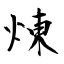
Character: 煉